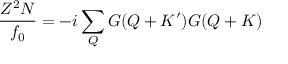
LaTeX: { \frac { Z ^ { 2 } N } { f _ { 0 } } } = - i \sum _ { Q } G ( Q + K ^ { \prime } ) G ( Q + K )